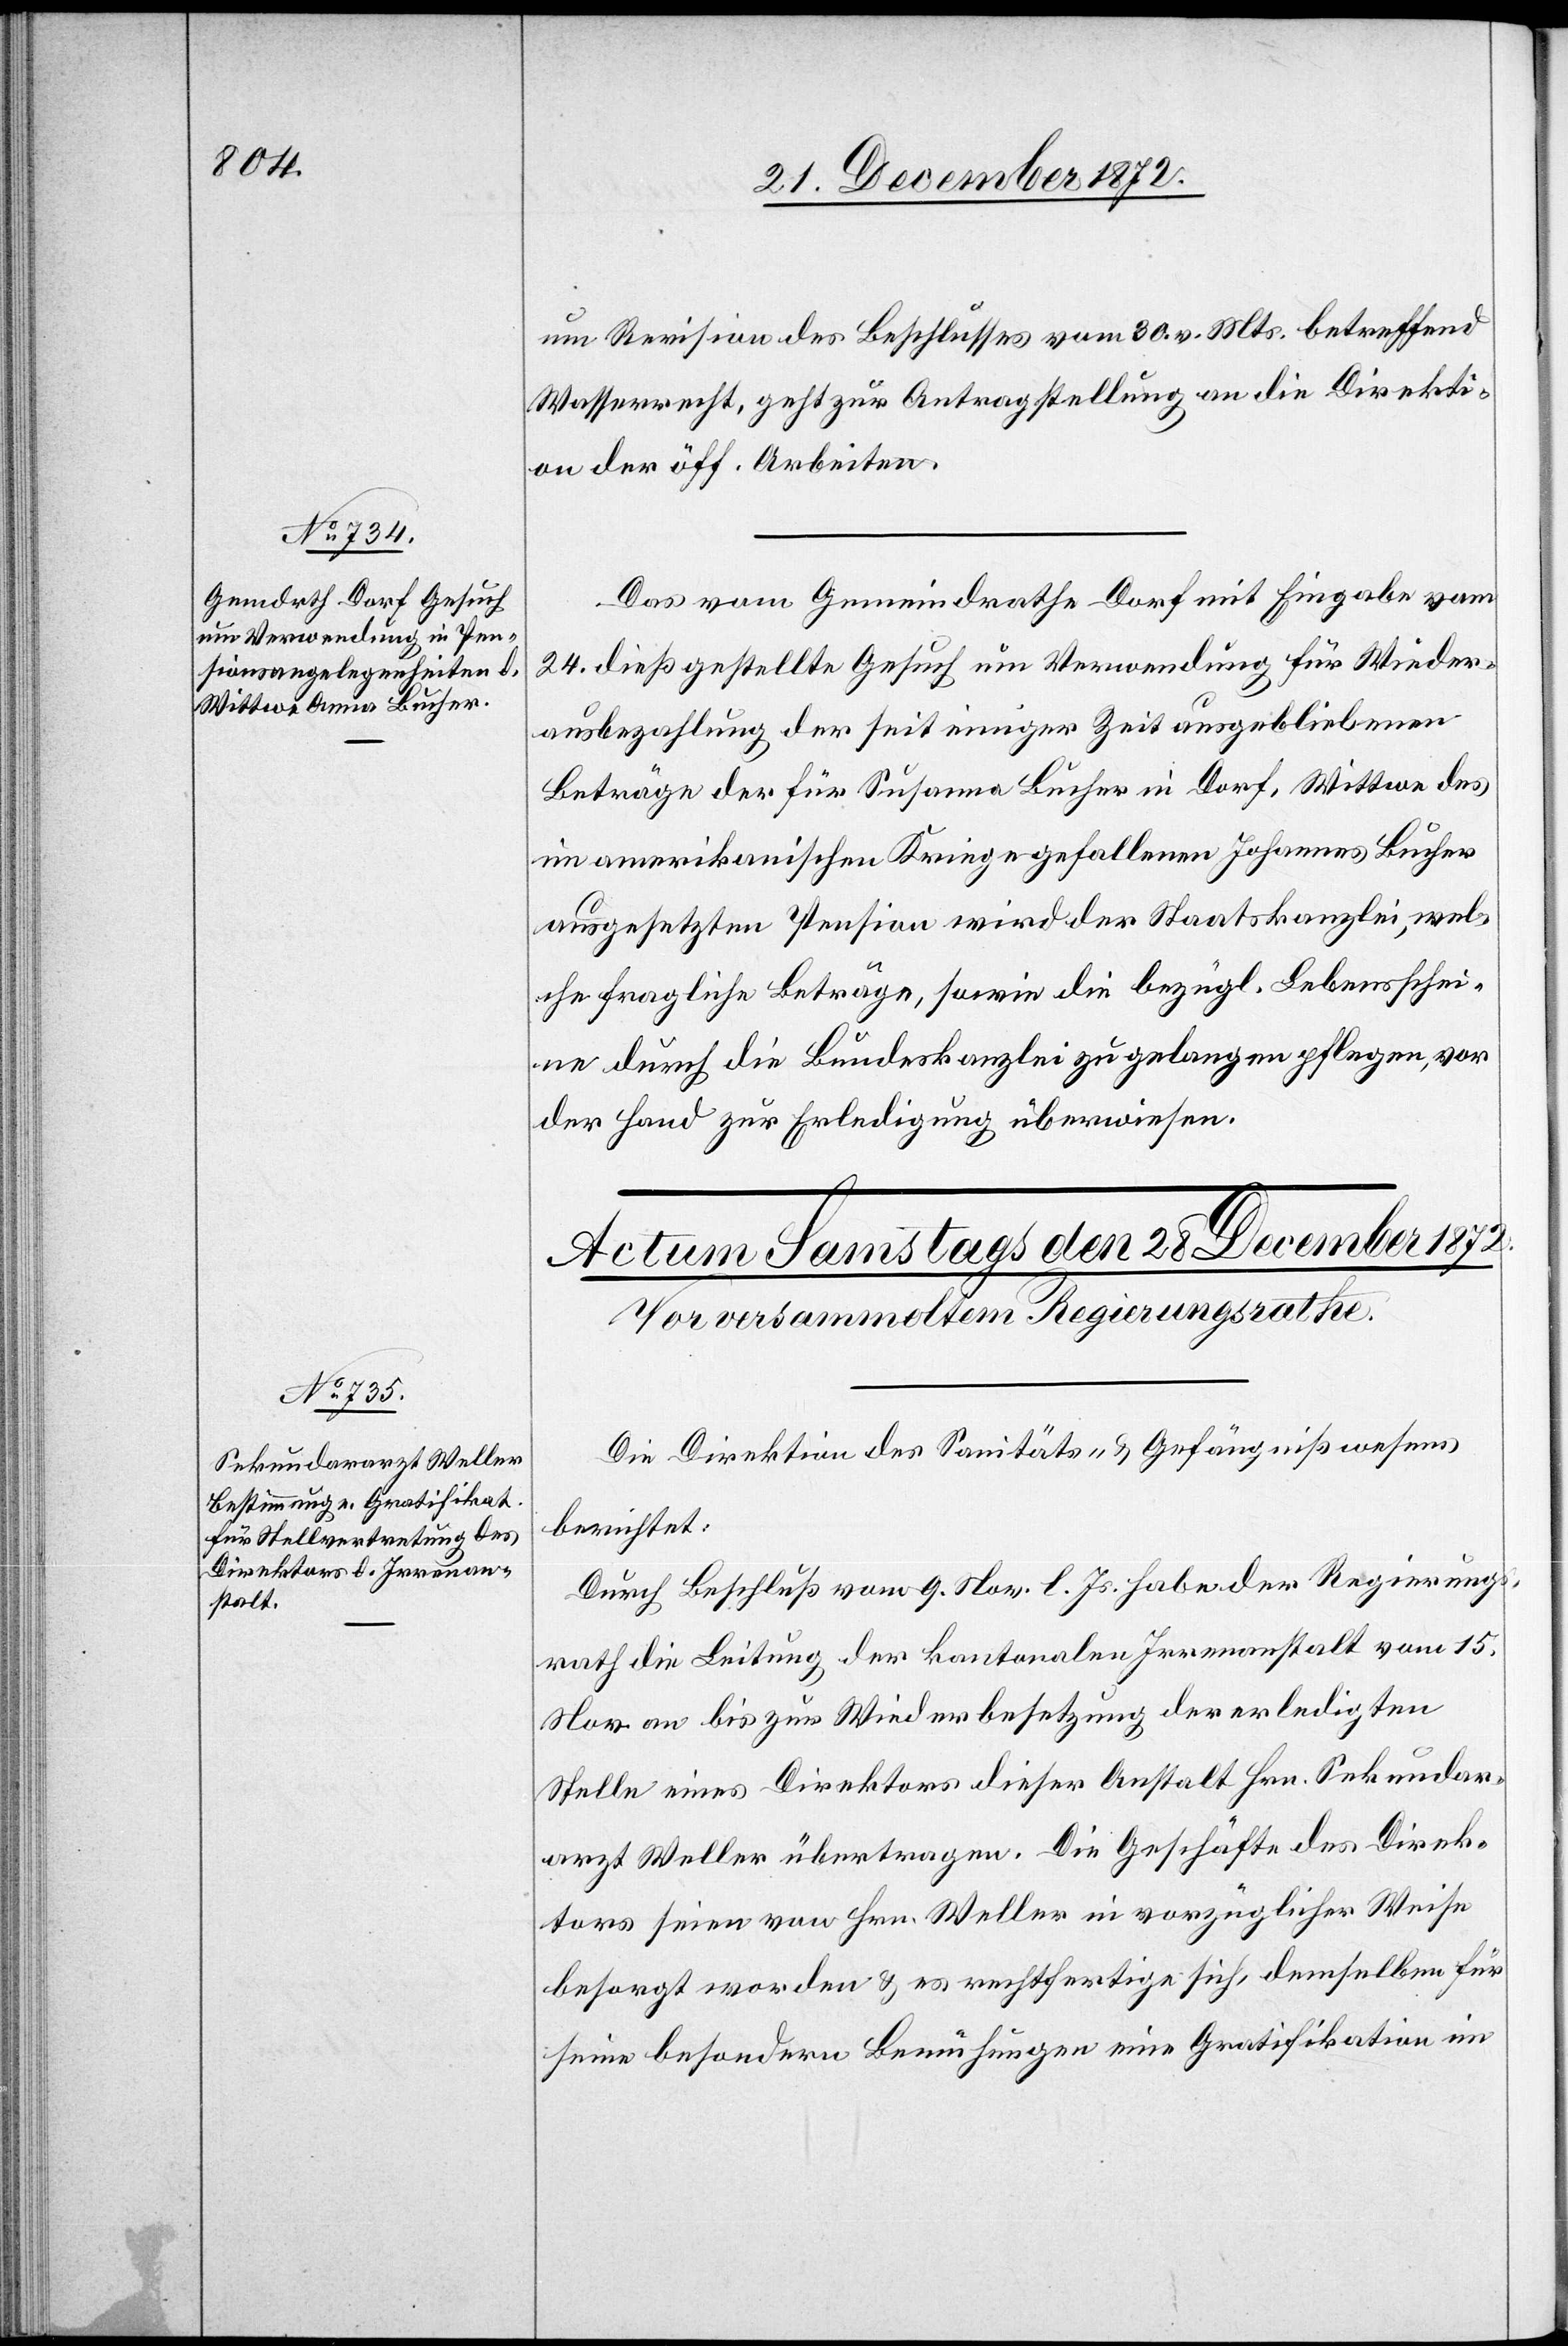
27. December 1872.]
um Revision des Beschlusses vom 30. v. Mts. betreffend
Wasserrecht, geht zur Antragstellung an die Direkti¬
on der öff. Arbeiten.
Das vom Gemeindrathe Dorf mit Eingabe vom
24. dieß gestellte Gesuch um Verwendung für Wieder¬
ausbezahlung der seit einiger Zeit ausgebliebenen
Beträge der für Susanne Bucher in Dorf, Wittwe des
im amerikanischen Kriege gefallenen Johannes Bucher
ausgesetzten Pension wird der Staatskanzlei, wel¬
che fragliche Beträge, sowie die bezügl. Lebensschei¬
ne durch die Bundeskanzlei zu gelangen pflegen, vor
der Hand zur Erledigung überwiesen.
Die Direktion des Sanitäts- u. Gefängnißwesens
berichtet:
Durch Beschluß vom 9. Nov. l. Js. habe der Regierungs¬
rath die Leitung der kantonalen Irrenanstalt vom 15.
Nov an bis zur Wiederbesetzung der erledigten
Stelle eines Direktors dieser Anstalt Hrn. Sekundar¬
arzt Weller übertragen. Die Geschäfte des Direk¬
tors seien von Hrn. Weller in vorzüglicher Weise
besorgt worden u. es rechtfertige sich, demselben für
seine besondern Bemühungen eine Gratifikation im